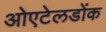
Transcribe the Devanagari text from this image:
ओएटेलडोंक